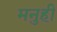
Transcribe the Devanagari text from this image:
मनुही